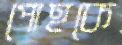
পোহকে